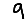
Digit: 9